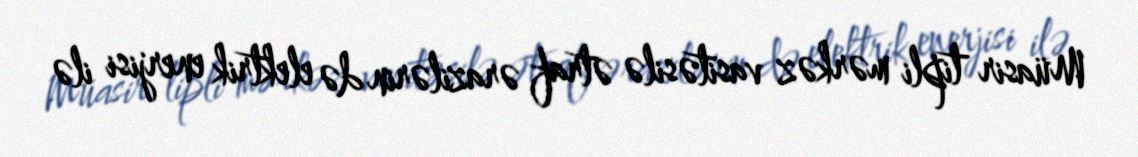
Müasir tipli mərkəz vasitəsilə ətraf ərazilərin də elektrik enerjisi ilə